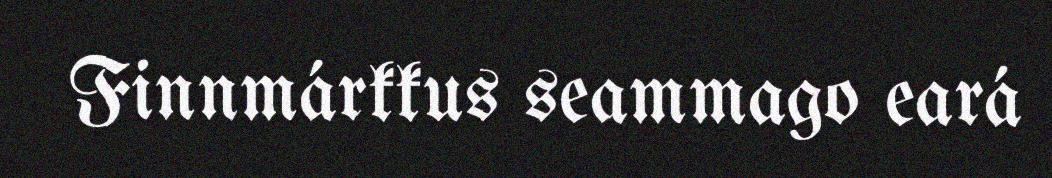
Finnmárkkus seammago eará